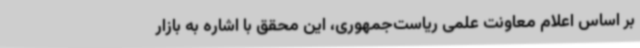
بر اساس اعلام معاونت علمی ریاست‌جمهوری، این محقق با اشاره به بازار